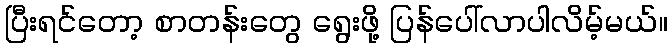
ပြီးရင်တော့ စာတန်းတွေ ရွေးဖို့ ပြန်ပေါ်လာပါလိမ့်မယ်။